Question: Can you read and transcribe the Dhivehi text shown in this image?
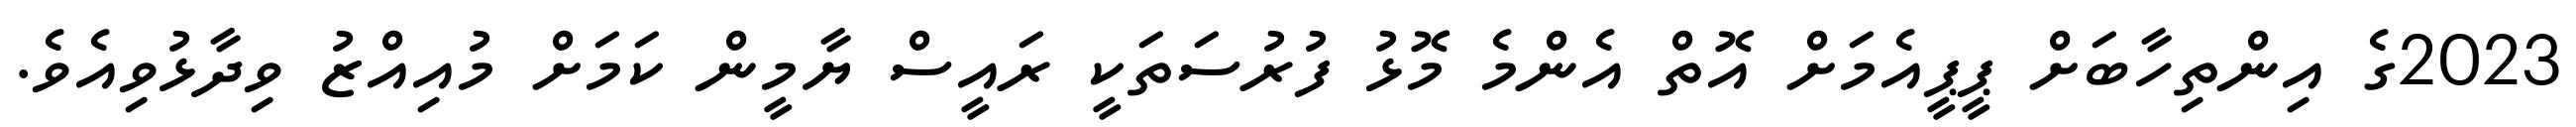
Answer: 2023ގެ އިންތިހާބަށް ޕީޕީއެމަށް އޮތް އެންމެ މޮޅު ފުރުސަތަކީ ރައީސް ޔާމީން ކަމަށް މުއިއްޒު ވިދާޅުވިއެވެ.